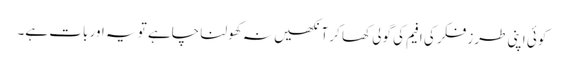
کوئی اپنی طرزِ فکر کی افیم کی گولی کھا کر آنکھیں نہ کھولنا چاہے تو یہ اور بات ہے۔